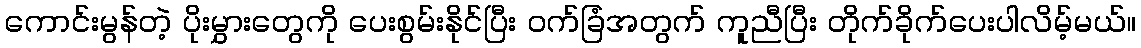
ကောင်းမွန်တဲ့ ပိုးမွှားတွေကို ပေးစွမ်းနိုင်ပြီး ၀က်ခြံအတွက် ကူညီပြီး တိုက်ခိုက်ပေးပါလိမ့်မယ်။